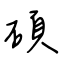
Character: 碩